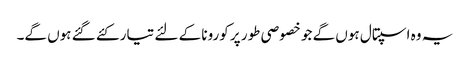
یہ وہ اسپتال ہوں گے جو خصوصی طور پر کورونا کے لئے تیار کئے گئے ہوں گے۔